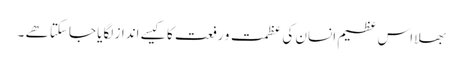
بھلا اس عظیم انسان کی عظمت و رفعت کا کیسے انداز لگایا جاسکتا ھے ۔